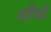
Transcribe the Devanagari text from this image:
शौकों